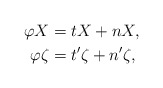
\begin{align*} \varphi X&=tX+nX,\\\varphi \zeta&=t'\zeta+n'\zeta, \end{align*}